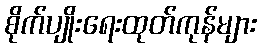
စိုက်ပျိုးရေးထုတ်ကုန်များ